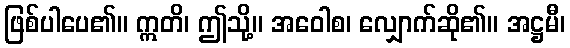
ဖြစ်ပါပေ၏။ ဣတိ၊ ဤသို့။ အဝေါစ၊ လျှောက်ဆို၏။ အဋ္ဌမီ၊